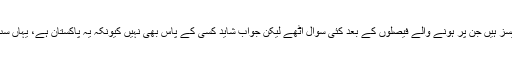
یہ ایسے کیسز ہیں جن پر ہونے والے فیصلوں کے بعد کئی سوال اٹھے لیکن جواب شاید کسی کے پاس بھی نہیں کیونکہ یہ پاکستان ہے، یہاں سب چلتا ہے!